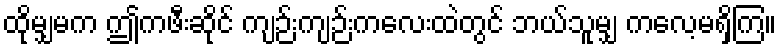
ထိုမျှမက ဤကဖီးဆိုင် ကျဉ်းကျဉ်းကလေးထဲတွင် ဘယ်သူမျှ ကလေ့မရှိကြ။